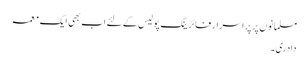
مسلمانوں پر پراسرار فائرینگ پولیس کے لئے اب بھی ایک معمہ
دادری۔